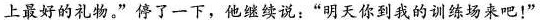
上最好的礼物。”停了一下，他继续说：”明天你到我的训练场来吧！”